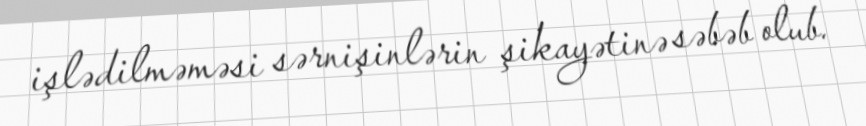
işlədilməməsi sərnişinlərin şikayətinə səbəb olub.